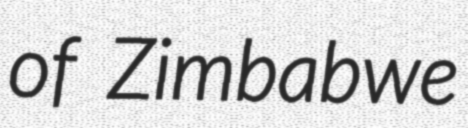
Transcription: of Zimbabwe